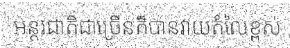
អន្តរជាតិជាច្រើនក៏បានវាយតំលៃខ្ពស់